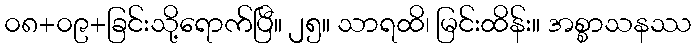
၀၈+၀၉+ခြင်းသို့ရောက်ပြီ။ ၂၅။ သာရထိ၊ မြင်းထိန်း။ အစ္စာသနဿ